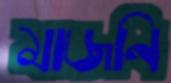
মাজনি